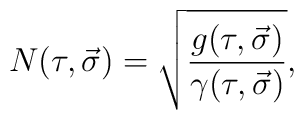
N(\tau,\vec{\sigma})=\sqrt{\frac{g(\tau,\vec{\sigma})}{\gamma(\tau,\vec{\sigma})}},